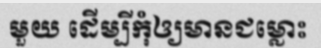
មួយ ដើម្បីកុំឲ្យមានជម្លោះ